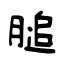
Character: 膇